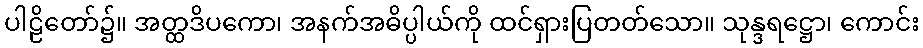
ပါဠိတော်၌။ အတ္ထဒိပကော၊ အနက်အဓိပ္ပါယ်ကို ထင်ရှားပြတတ်သော။ သုန္ဒရဋ္ဌော၊ ကောင်း